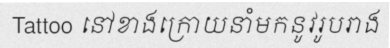
Tattoo នៅខាងក្រោយនាំមកនូវរូបរាង